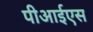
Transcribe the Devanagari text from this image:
पीआईएस